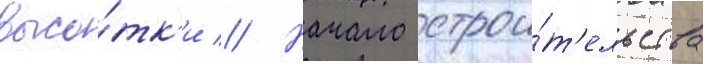
высо́тк'и // Начало строи́т'ельства